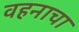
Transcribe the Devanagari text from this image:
वहनाचा